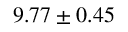
9 . 7 7 \pm 0 . 4 5